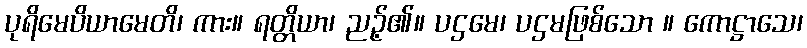
ပုရိမေပိယာမေတိ၊ ကား။ ရတ္တိယာ၊ ညဉ့်၏။ ပဌမေ၊ ပဌမဖြစ်သော ။ ကောဋ္ဌာသေ၊